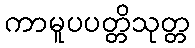
ကာမူပပတ္တိသုတ္တ